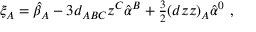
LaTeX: \xi _ { A } = \hat { \beta } _ { A } - 3 d _ { A B C } z ^ { C } \hat { \alpha } ^ { B } + { \textstyle \frac { 3 } { 2 } } ( d z z ) _ { A } \hat { \alpha } ^ { 0 } \ ,